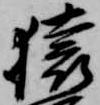
猿